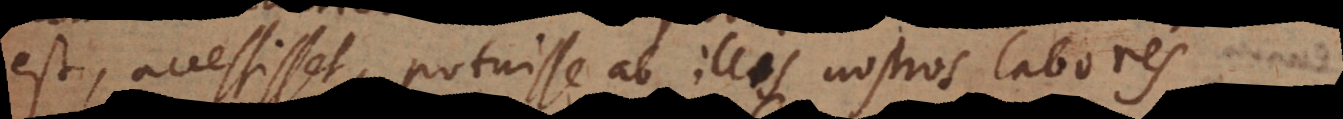
est, accessisset, potuisse ab illis nostros labores